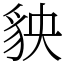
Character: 𧲱